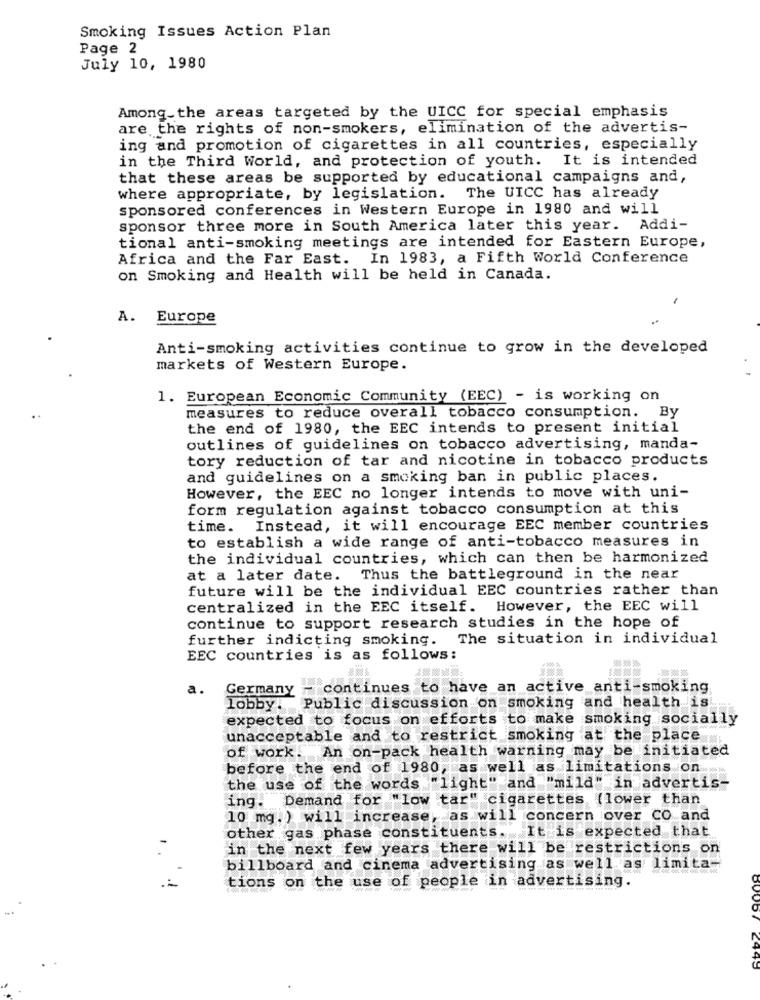
Smoking Issues Action Plan
Page 2
July 10, 1980
Among the areas targeted by the UICC for special emphasis
are the rights of non-smokers, elimination of the advertis-
ing and promotion of cigarettes in all countries, especially
in the Third World, and protection of youth. It is intended
that these areas be supported by educational campaigns and,
where appropriate, by legislation. The UICC has already
sponsored conferences in Western Europe in 1980 and will
sponsor three more in South America later this year. Addi-
tional anti-smoking meetings are intended for Eastern Europe,
Africa and the Far East. In 1983, a Fifth World Conference
on Smoking and Health will be held in Canada.
A.
Europe
Anti-smoking activities continue to grow in the developed
markets of Western Europe.
1. European Economic Community (EEC) - is working on
measures to reduce overall tobacco consumption. By
the end of 1980, the EEC intends to present initial
outlines of guidelines on tobacco advertising, manda-
tory reduction of tar and nicotine in tobacco products
and guidelines on a smoking ban in public places.
However, the EEC no longer intends to move with uni-
form regulation against tobacco consumption at this
time. Instead, it will encourage EEC member countries
to establish a wide range of anti-tobacco measures in
the individual countries, which can then be harmonized
at a later date. Thus the battleground in the near
future will be the individual EEC countries rather than
centralized in the EEC itself. However, the EEC will
continue to support research studies in the hope of
further indicting smoking. The situation in individual
EEC countries is as follows:
-308: 300: 386
a.
Germany - continues to have an active anti-smoking
lobby. Public discussion on smoking and health is
expected to focus on efforts to make smoking socially
unacceptable and to restrict smoking at the place
of work. An on-pack health warning may be initiated
before the end of 1980, as well as limitations on
the use of the words "light" and "mild" in advertis-
ing. Demand for "low tar" cigarettes (lower than
10 mg.) will increase, as will concern over Co and
other gas phase constituents. It is expected that
in the next few years there will be restrictions on
billboard and cinema advertising as well as limita-
tions on the use of people in advertising.
00007 2445